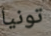
تونيا